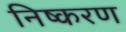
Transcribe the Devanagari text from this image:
निष्करण